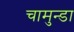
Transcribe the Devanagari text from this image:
चामुन्डा